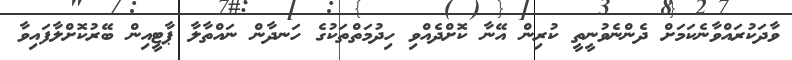
ވާދަކުރައްވާނެކަމަށް ދެންނެވުނީތީ ކުރިން އޭނާ ކޮށްދެއްވި ހިދުމަތްތަކުގެ ހަނދާން ނައްތާލާ ޕާޓީއިން ބޭރުކޮށްލާފައިވާ